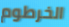
الخرطوم